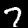
Label: 7